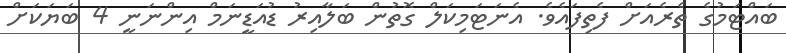
ބައްޓަމުގެ ތެރެއަށް ފެތިފައެވެ. އެނަޓަމިކަލް ގޮތުން ބަލާއިރު ޑުއަޑީނަމް އިންނަނީ 4 ބަޔަކަށް